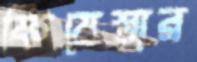
ফিয়েস্তার